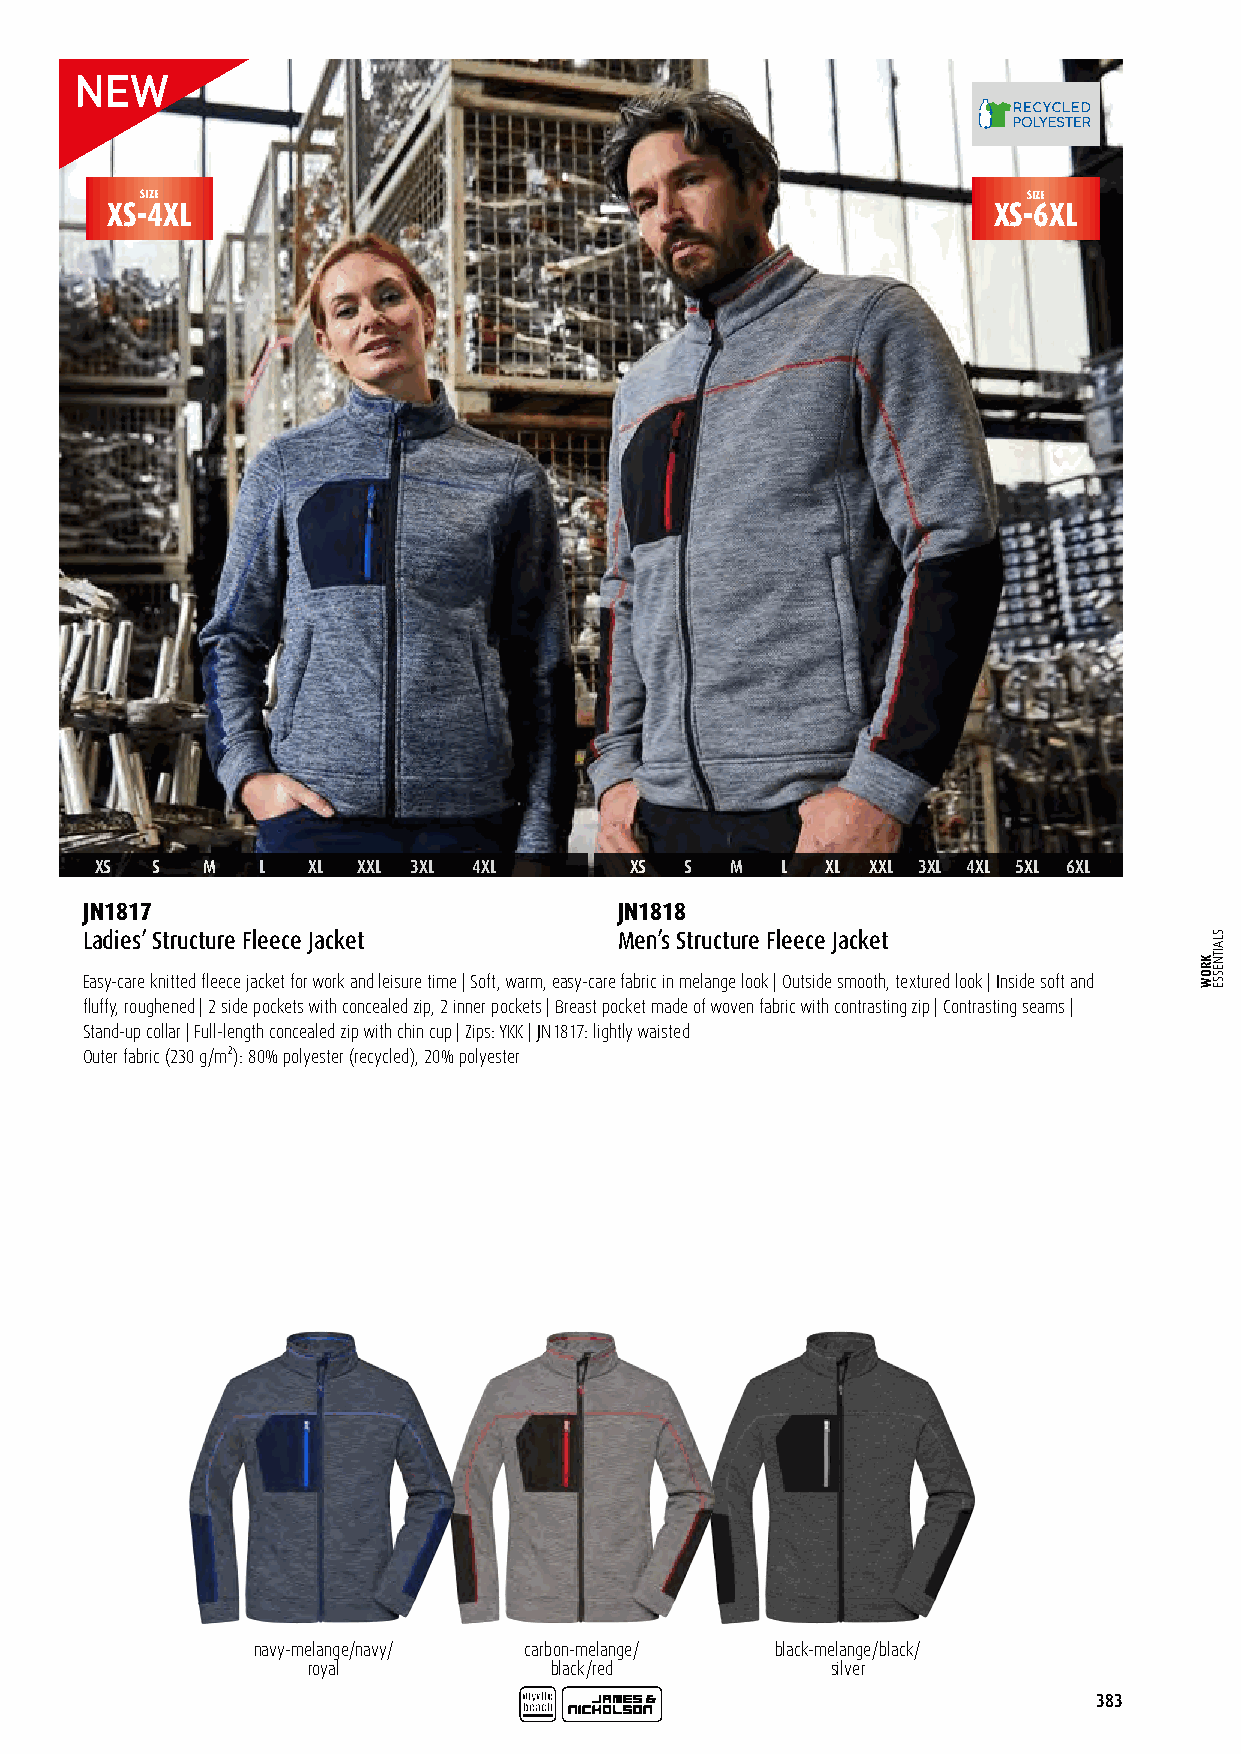
SIZE                                                       SIZE
 XS-4XL                                                     XS-6XL
 XS  S  M   L  XL  XXL 3XL 4XL       XS S  M   L  XL XXL 3XL 4XL 5XL 6XL
 JN1817                              JN1818
 Ladies’ Structure Fleece Jacket     Men’s Structure Fleece Jacket
 Easy-care knitted fleece jacket for work and leisure time | Soft, warm, easy-care fabric in melange look | Outside smooth, textured look | Inside soft and
 fluffy, roughened | 2 side pockets with concealed zip, 2 inner pockets | Breast pocket made of woven fabric with contrasting zip | Contrasting seams |
 Stand-up collar | Full-length concealed zip with chin cup | Zips: YKK | JN1817: lightly waisted
 Outer fabric (230 g/m²): 80% polyester (recycled), 20% polyester
 navy-melange/navy/ carbon-melange/ black-melange/black/
 royal           black/red          silver
 383
 KROW
 SLAITNESSE